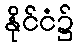
နိုင်ငံ၌